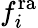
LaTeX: f_{i}^{\mathrm{ra}}